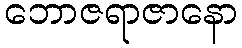
ဘောဇရာဇာနော